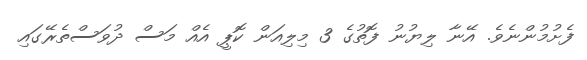
ފެށުމުންނެވެ. އޭނާ ލިޔުނު ފޮތުގެ 3 މިލިއަން ކޮޕީ އެއް މަސް ދުވަސްތެރޭގައި